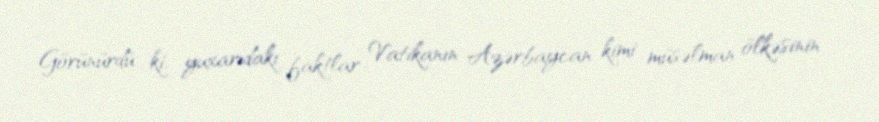
Görünürdü ki, yuxarıdakı faktlar Vatikanın Azərbaycan kimi müsəlman ölkəsinin